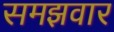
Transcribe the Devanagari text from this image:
समझवार